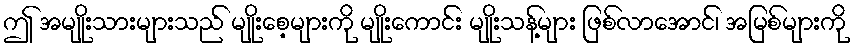
ဤ အမျိုးသားများသည် မျိုးစေ့များကို မျိုးကောင်း မျိုးသန့်များ ဖြစ်လာအောင်၊ အမြစ်များကို